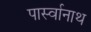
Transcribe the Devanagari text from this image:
पार्स्‍वानाथ